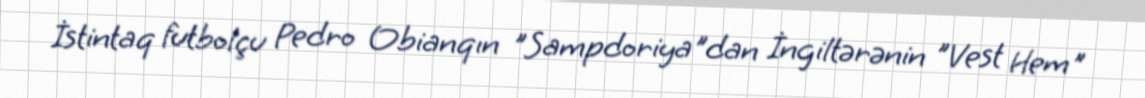
İstintaq futbolçu Pedro Obianqın "Sampdoriya"dan İngiltərənin "Vest Hem"